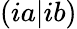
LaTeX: (ia\rvert ib)